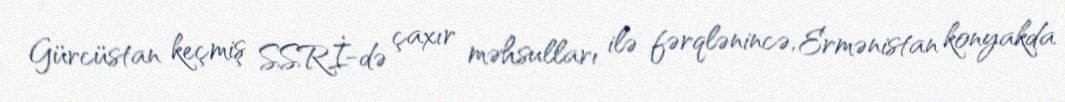
Gürcüstan keçmiş SSRİ-də çaxır məhsulları ilə fərqlənincə, Ermənistan konyakda